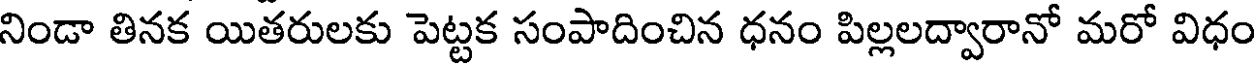
నిండా తినక యితరులకు పెట్టక సంపాదించిన ధనం పిల్లలద్వారానో మరో విధం